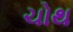
ચોથ